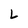
Character: L